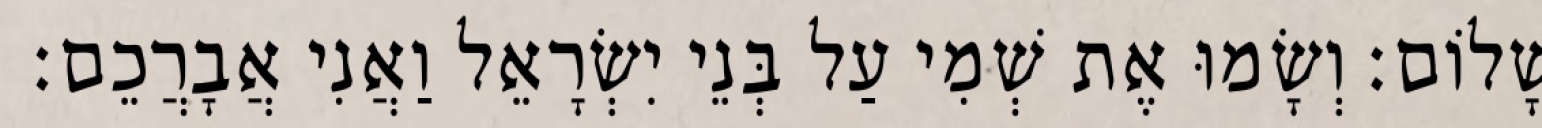
שָׁלוֹם׃ וְשָׂמוּ אֶת שְׁמִי עַל בְּנֵי יִשְׂרָאֵל וַאֲנִי אֲבָרֲכֵם׃